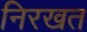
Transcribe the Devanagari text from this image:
निरखत